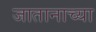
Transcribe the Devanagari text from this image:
जातानाच्या